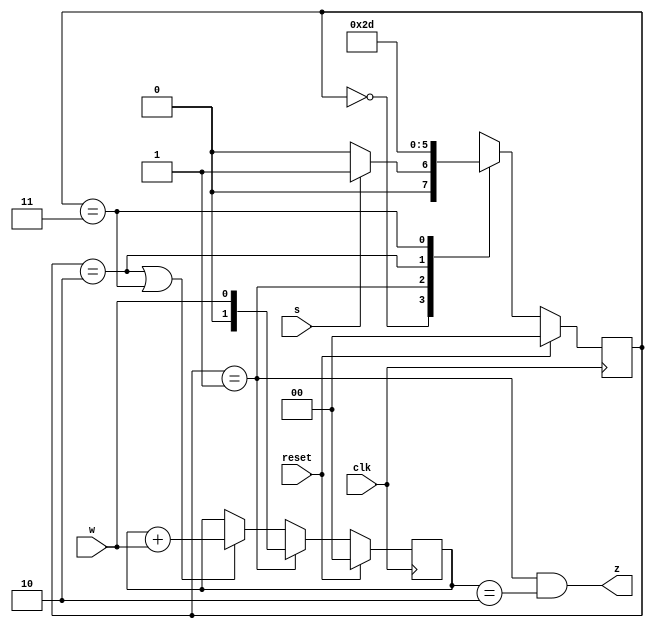
module top_module (
    input clk,
    input reset,   // Synchronous reset
    input s,
    input w,
    output z
);

	reg[1:0] state, next_state;
	reg[1:0] cnt;

	parameter A = 0, S0 = 1, S1 = 2, S2 = 3;
	
	
	always@(posedge clk)begin
		if(reset)begin
			state <= A;
		end
		else begin
			state <= next_state;
		end
	end
	
	always@(*)begin
		case(state)
			A : begin next_state = s ? S0 : A; end
			S0 : begin next_state = S1; end
			S1 : begin next_state = S2; end
			S2 : begin next_state = S0; end
		endcase
	end
	
	always@(posedge clk)begin//control cnt
		if(reset)
			cnt <= 0;
		else if(state == S0)
            cnt   <=  w;
        else if(state == S1 || state == S2)
            cnt   <=  cnt + w;			
	end
	
	assign z = (state == S0) && (cnt == 2);
	
endmodule